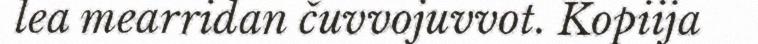
lea mearridan čuvvojuvvot. Kopiija